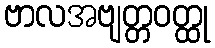
ဗာလအဗျတ္တဝတ္ထု